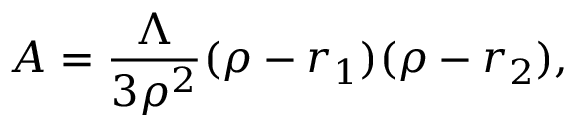
A = \frac { \Lambda } { 3 \rho ^ { 2 } } ( \rho - r _ { 1 } ) ( \rho - r _ { 2 } ) ,